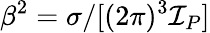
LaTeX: \beta^{2}=\sigma/[(2\pi)^{3}\mathcal{I}_{P}]